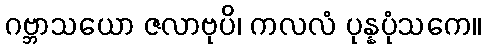
ဂဗ္ဘာသယော ဇလာဗုပိ၊ ကလလံ ပုန္နပုံသကေ။